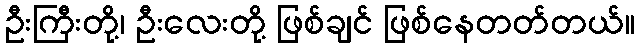
ဦးကြီးတို့၊ ဦးလေးတို့ ဖြစ်ချင် ဖြစ်နေတတ်တယ်။